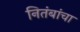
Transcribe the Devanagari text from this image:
नितंबांचा